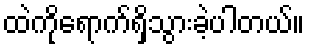
ထဲကိုရောက်ရှိသွားခဲ့ပါတယ်။